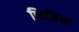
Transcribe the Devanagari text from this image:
फिजिस्ट